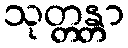
သုတ္တန္တာ